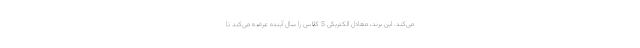
می‌کند. این برند، معادل الکتریکی S کلاس را سال آینده عرضه می‌کند تا